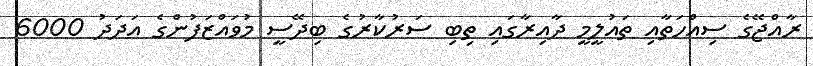
ރާއްޖޭގެ ސިއްހަތާއި ތައުލީމީ ދާއިރާގައި ތިބި ސަރުކާރުގެ ބިދޭސީ މުވައްޒަފުންގެ އަދަދު 6000